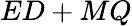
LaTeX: ED+MQ